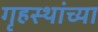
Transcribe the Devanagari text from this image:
गृहस्थांच्या